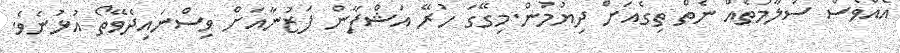
އެއްވެސް ސަލާމަތެއް ނެތް ތިގެއަށް ދިޔުމުން.މިގޭގަ ހުރޭ އަޝްފާން ފަޒުނާއަށް ވިސްނައިދެވޭތޯ އުޅުނެވެ.